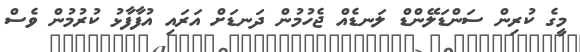
މީގެ ކުރިން ސަންޑަލޭންޑް ލަނޑެއް ޖެހުމުން ދަނޑަށް އަރައި އުފާފާޅު ކުރުމުން ވެސް